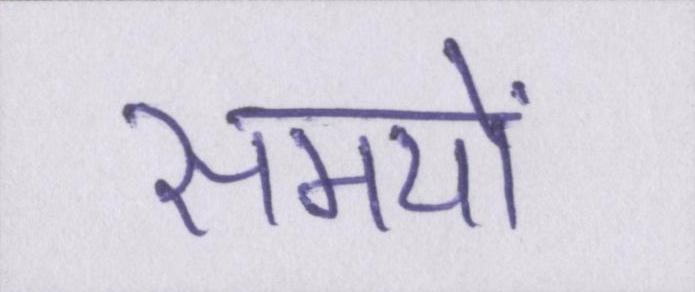
समयों